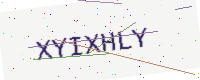
Text: XYIXHLY